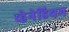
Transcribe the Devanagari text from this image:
व्हेनेडियम